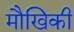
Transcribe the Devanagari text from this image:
मौखिकी